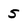
Character: 5